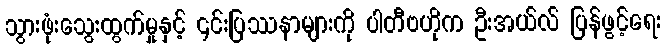
သွားဖုံးသွေးထွက်မှုနှင့် ၎င်းပြဿနာများကို ပါတီဗဟိုက ဦးအယ်လ် ပြန်ဖွင့်ရေး